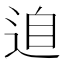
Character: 𲅘